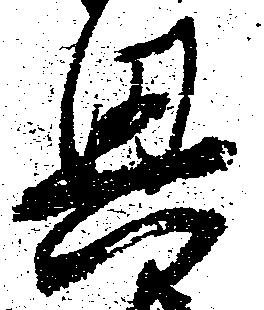
興